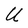
Character: U